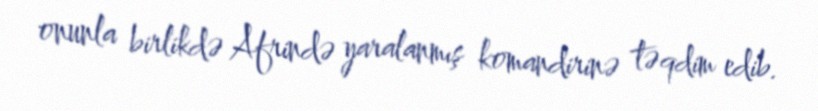
onunla birlikdə Afrində yaralanmış komandirinə təqdim edib.